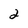
Character: 2